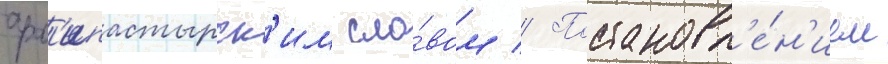
арх'ипастырск'им сло́вом // Постановл'е́н'ием